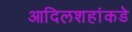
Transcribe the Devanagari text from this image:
आदिलशहांकडे